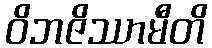
ဝိဘဇိဿာမီတိ